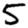
Digit: 5